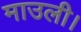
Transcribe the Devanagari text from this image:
माउली।